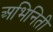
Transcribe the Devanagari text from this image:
अभिनिती